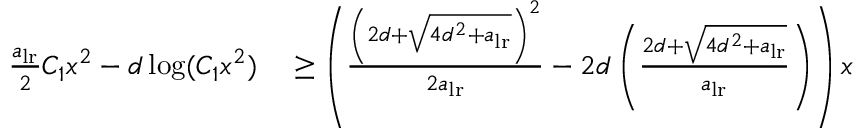
\begin{array} { r l } { \frac { a _ { \mathrm { l r } } } { 2 } C _ { 1 } x ^ { 2 } - d \log ( C _ { 1 } x ^ { 2 } ) } & { { } \geq \left( \frac { \left( 2 d + \sqrt { 4 d ^ { 2 } + a _ { \mathrm { l r } } } \right) ^ { 2 } } { 2 a _ { \mathrm { l r } } } - 2 d \left( \frac { 2 d + \sqrt { 4 d ^ { 2 } + a _ { \mathrm { l r } } } } { a _ { \mathrm { l r } } } \right) \right) x } \end{array}